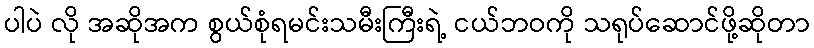
ပါပဲ လို အဆိုအက စွယ်စုံရမင်းသမီးကြီးရဲ့ ငယ်ဘဝကို သရုပ်ဆောင်ဖို့ဆိုတာ